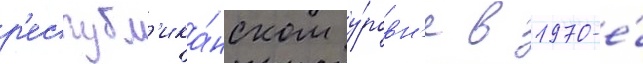
р'еспубл'ика́нском у́ровн'е в 1970-е́